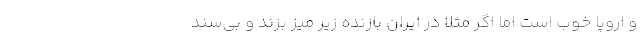
و اروپا خوب است اما اگر مثلاً در ایران بازنده زیر میز بزند و بی‌سند